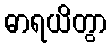
ဓာရယိတွာ